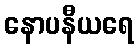
နောပနီယရေ